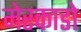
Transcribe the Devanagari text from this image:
मेरकाडो